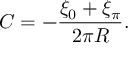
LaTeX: C = - { \frac { \xi _ { 0 } + \xi _ { \pi } } { 2 \pi R } } .